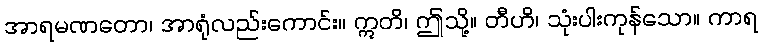
အာရမဏတော၊ အာရုံလည်းကောင်း။ ဣတိ၊ ဤသို့။ တီဟိ၊ သုံးပါးကုန်သော။ ကာရ